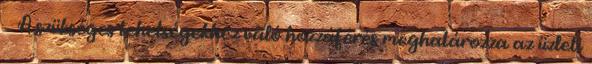
 A szükséges tehetségekhez való hozzáférés meghatározza az üzleti